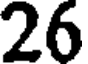
26